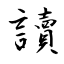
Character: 讀